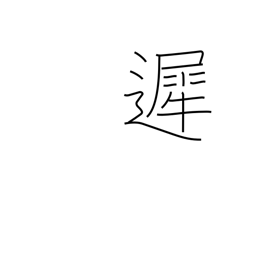
Meaning: tardy